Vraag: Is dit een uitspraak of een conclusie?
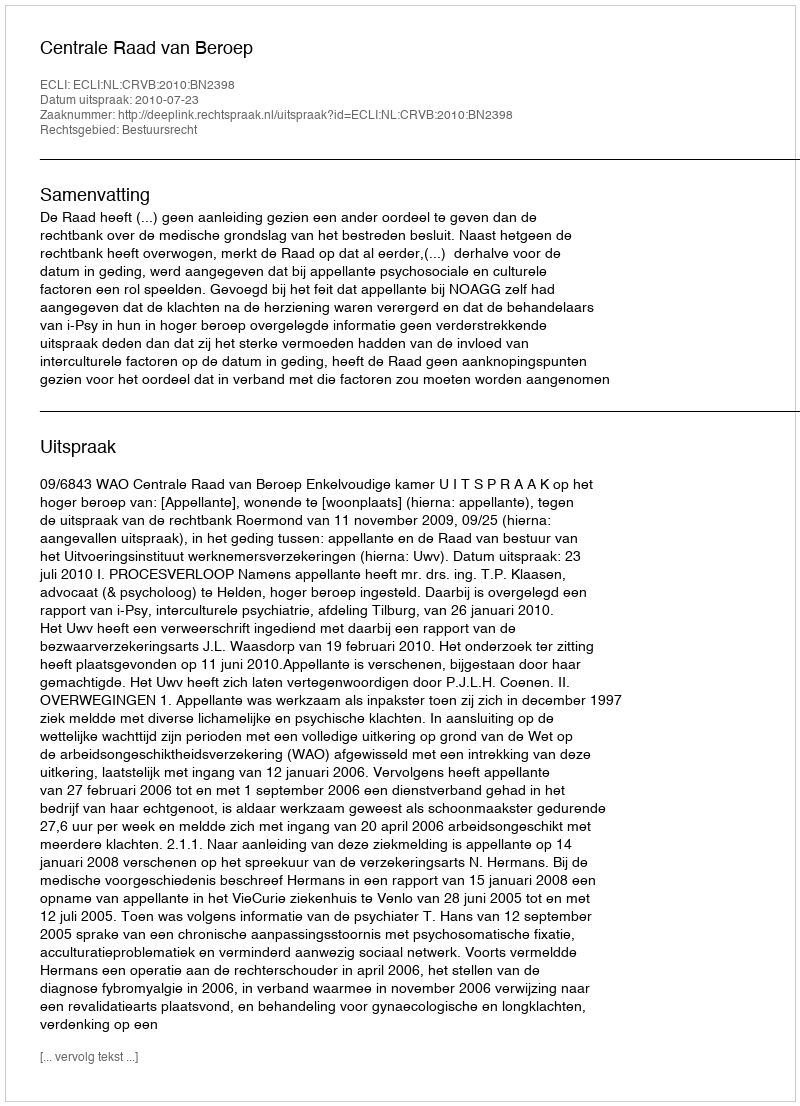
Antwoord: Uitspraak